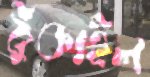
ঠুকাইল